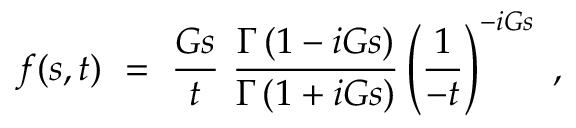
f ( s , t ) ~ = ~ \frac { G s } { t } ~ \frac { \Gamma \left( 1 - i G s \right) } { \Gamma \left( 1 + i G s \right) } \left( \frac { 1 } { - t } \right) ^ { - i G s } ~ ,